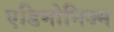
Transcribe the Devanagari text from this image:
एडिमोनिज्म